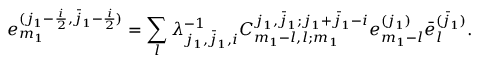
e _ { m _ { 1 } } ^ { ( j _ { 1 } - \frac { i } { 2 } , \bar { j } _ { 1 } - \frac { i } { 2 } ) } = \sum _ { l } \lambda _ { j _ { 1 } , \bar { j } _ { 1 } , i } ^ { - 1 } C _ { m _ { 1 } - l , l ; m _ { 1 } } ^ { j _ { 1 } , \bar { j } _ { 1 } ; j _ { 1 } + \bar { j } _ { 1 } - i } e _ { m _ { 1 } - l } ^ { ( j _ { 1 } ) } \bar { e } _ { l } ^ { ( \bar { j } _ { 1 } ) } .